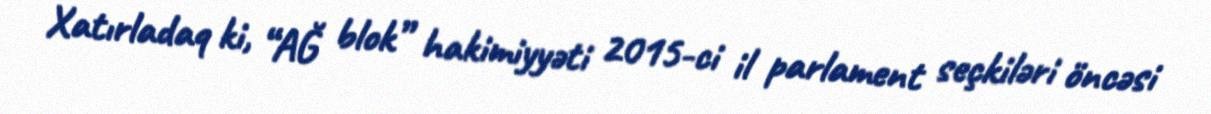
Xatırladaq ki, “AĞ blok” hakimiyyəti 2015-ci il parlament seçkiləri öncəsi